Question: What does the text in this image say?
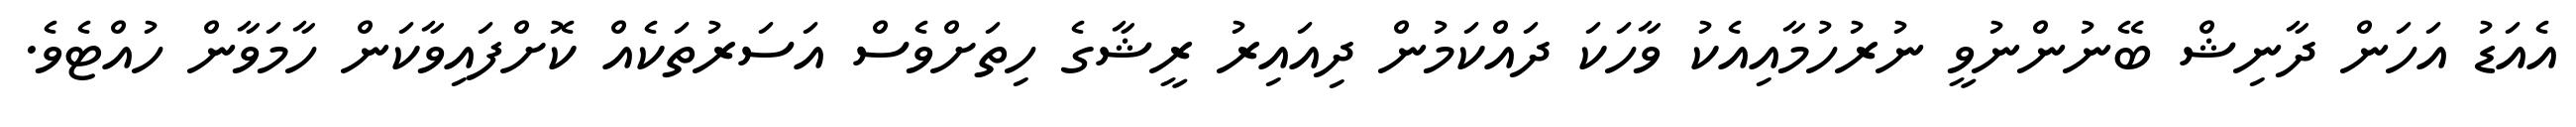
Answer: އެއަޑު އަހަން ދާނިޝް ބޭނުންނުވީ ނުރުހުމާއިއެކު ވާހަކަ ދައްކަމުން ދިއައިރު ރީޝާގެ ހިތަށްވެސް އަސަރުތަކެއް ކޮށްފައިވާކަން ހާމަވާން ހުއްޓެވެ.